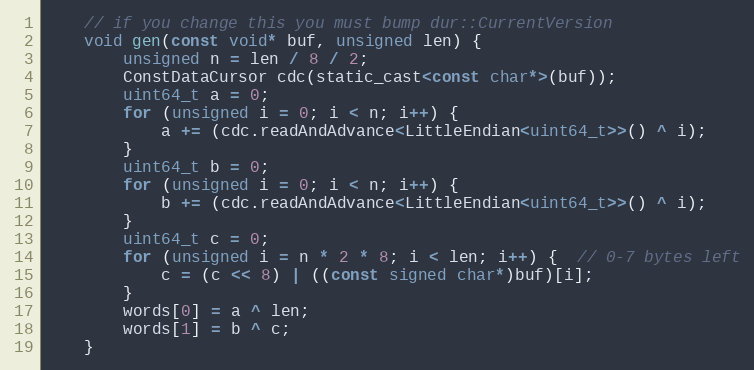
Language: C
    // if you change this you must bump dur::CurrentVersion
    void gen(const void* buf, unsigned len) {
        unsigned n = len / 8 / 2;
        ConstDataCursor cdc(static_cast<const char*>(buf));
        uint64_t a = 0;
        for (unsigned i = 0; i < n; i++) {
            a += (cdc.readAndAdvance<LittleEndian<uint64_t>>() ^ i);
        }
        uint64_t b = 0;
        for (unsigned i = 0; i < n; i++) {
            b += (cdc.readAndAdvance<LittleEndian<uint64_t>>() ^ i);
        }
        uint64_t c = 0;
        for (unsigned i = n * 2 * 8; i < len; i++) {  // 0-7 bytes left
            c = (c << 8) | ((const signed char*)buf)[i];
        }
        words[0] = a ^ len;
        words[1] = b ^ c;
    }